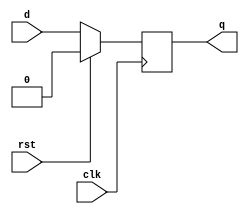
`timescale 1ns / 1ps
//////////////////////////////////////////////////////////////////////////////////
// Company: 
// Engineer: 
// 
// Design Name: 
// Module Name:    Flip_Flop_D6 
// Project Name: 
// Target Devices: 
// Tool versions: 
// Description: 
//
// Dependencies: 
//
// Revision: 
// Revision 0.01 - File Created
// Additional Comments: 
//
//////////////////////////////////////////////////////////////////////////////////
module Flip_Flop_D6(
    input clk,
    input d,
    input rst,
    output reg q
    );

	 always @(posedge clk)
	 if (rst) 
	 q <= 0;
	 else
	 q <= d;


endmodule